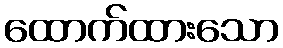
ထောက်ထားသော